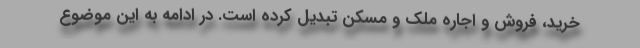
خرید، فروش و اجاره ملک و مسکن تبدیل کرده است. در ادامه به این موضوع